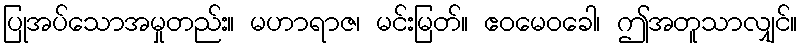
ပြုအပ်သောအမှုတည်း။ မဟာရာဇ၊ မင်းမြတ်။ ဧဝမေဝခေါ၊ ဤအတူသာလျှင်။